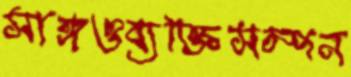
সাঙ্গওব্যক্তিসম্পন